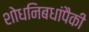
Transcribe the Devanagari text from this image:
शोधनिबधांपैकी